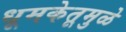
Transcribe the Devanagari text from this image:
धूमकेतूमुळे